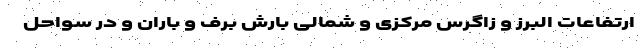
ارتفاعات البرز و زاگرس مرکزی و شمالی بارش برف و باران و در سواحل